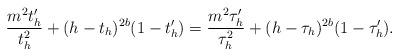
LaTeX: \begin{align*}\frac{m^2t_h'}{t_h^2} + (h - t_h)^{2b}(1 - t_h') = \frac{m^2\tau_h'}{\tau_h^2} + (h - \tau_h)^{2b}(1 - \tau_h').\end{align*}